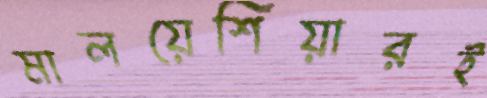
মালয়েশিয়ারই